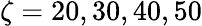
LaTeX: \zeta=20,30,40,50